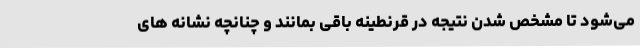
می‌شود تا مشخص شدن نتیجه در قرنطینه باقی بمانند و چنانچه نشانه های